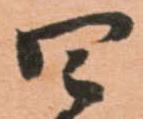
四